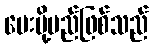
ပေးပို့မည်ဖြစ်သည်